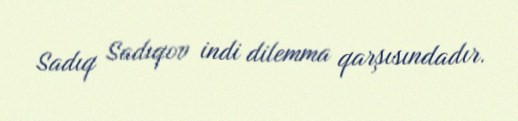
Sadıq Sadıqov indi dilemma qarşısındadır.